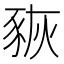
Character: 𧱉